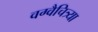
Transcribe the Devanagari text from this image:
वग्वैचित्र्या